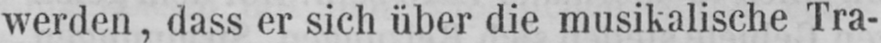
werden, dass er sich über die musikalische Tra-